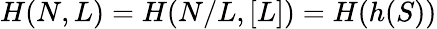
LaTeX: H(N,L)=H(N/L,[L])=H(h(S))